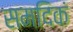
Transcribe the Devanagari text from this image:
समदिकं